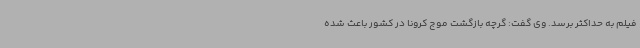
فیلم به حداکثر برسد. وی گفت: گرچه بازگشت موج کرونا در کشور باعث شده